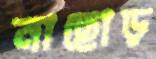
নাছোড়